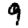
Digit: 9